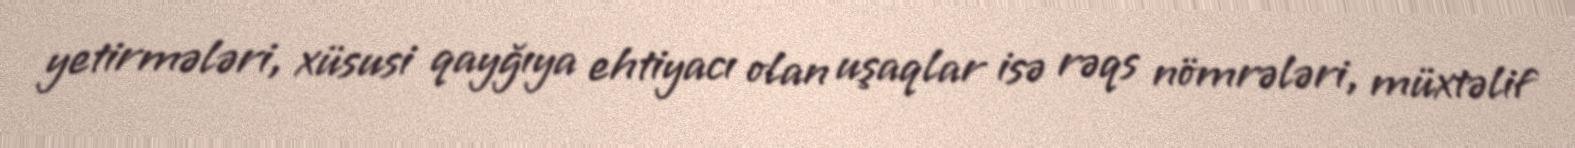
yetirmələri, xüsusi qayğıya ehtiyacı olan uşaqlar isə rəqs nömrələri, müxtəlif